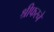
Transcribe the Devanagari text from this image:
श्रीफरने